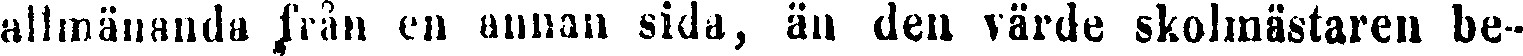
allmänsuda från en annan sida, än den värde skolmästaren be-